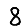
Digit: 8